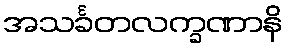
အသင်္ခတလက္ခဏာနိ